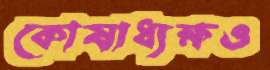
কোষাধ্যক্ষও